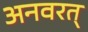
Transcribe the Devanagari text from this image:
अनवरत्